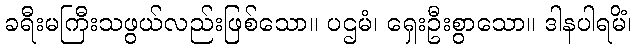
ခရီးမကြီးသဖွယ်လည်းဖြစ်သော။ ပဌမံ၊ ရှေးဦးစွာသော။ ဒါနပါရမိံ၊